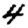
Digit: 4